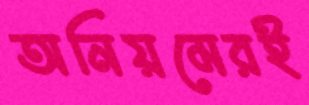
অনিয়মেরই